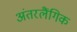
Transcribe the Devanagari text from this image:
अंतरलैंगिक